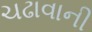
ચઢાવાની